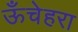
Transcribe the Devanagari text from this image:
ऊँचेहरा